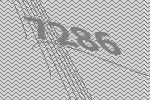
7286